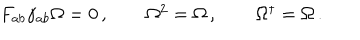
LaTeX: \begin{array} { c c c } { { F _ { a b } \gamma _ { a b } \Omega = 0 \, , ~ ~ } } & { { ~ ~ \Omega ^ { 2 } = \Omega \, , ~ ~ } } & { { ~ ~ \Omega ^ { \dagger } = \Omega \, . } } \\ \end{array}